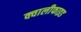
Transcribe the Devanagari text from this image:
क्वालीफाइड